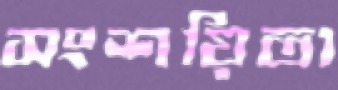
সংশয়িতা